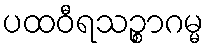
ပထဝီရသဉ္စာဂမ္မ